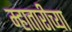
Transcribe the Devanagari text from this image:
म्हातारीच्या